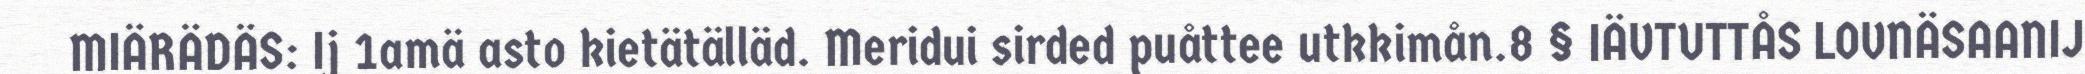
MIÄRÄDÄS: Ij 1amä asto kietätälläd. Meridui sirded puåttee utkkimån.8 § IÄVTUTTÅS LOVNÄSAANIJ